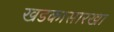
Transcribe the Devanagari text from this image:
खडकासारखा